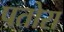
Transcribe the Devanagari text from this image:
पतोरा